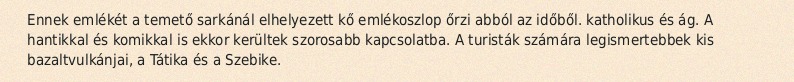
Ennek emlékét a temető sarkánál elhelyezett kő emlékoszlop őrzi abból az időből. katholikus és ág. A hantikkal és komikkal is ekkor kerültek szorosabb kapcsolatba. A turisták számára legismertebbek kis bazaltvulkánjai, a Tátika és a Szebike.